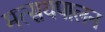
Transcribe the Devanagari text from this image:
मत्सयपालन